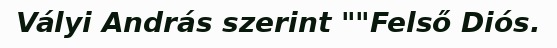
Vályi András szerint ""Felső Diós.